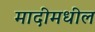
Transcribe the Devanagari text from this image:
मादीमधील